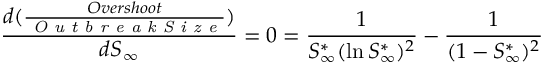
\frac { d ( \frac { O v e r s h o o t } { \textit { O u t b r e a k S i z e } } ) } { d S _ { \infty } } = 0 = \frac { 1 } { S _ { \infty } ^ { * } ( \ln S _ { \infty } ^ { * } ) ^ { 2 } } - \frac { 1 } { ( 1 - S _ { \infty } ^ { * } ) ^ { 2 } }